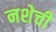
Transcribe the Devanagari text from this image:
नशेची